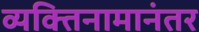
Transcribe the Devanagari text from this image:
व्यक्तिनामानंतर